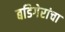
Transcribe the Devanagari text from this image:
बडिगेरांचा